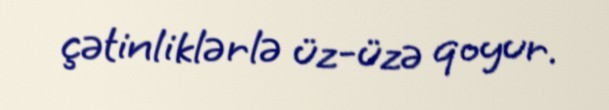
çətinliklərlə üz-üzə qoyur.